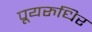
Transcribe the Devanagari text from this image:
पूयरुधिर